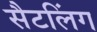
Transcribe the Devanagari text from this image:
सैटलिंग